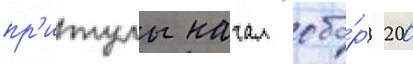
пр'итулы начал сбо́р 200